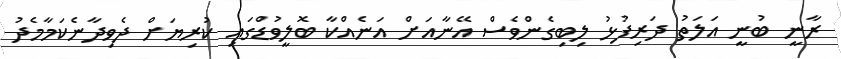
ރާނީ ބުނީ އަލަތު ދަރިފުޅު ލިބިގެންވެސް އޭނާއަށް އަނެއްކާ ބޮލީވުޑްގައި ކުރިޔަށް ދެވިދާނެކަމާމެދު